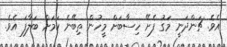
އެވެ. ޗަންދަނީ މަގު ފެށޭ ހިސާބަށް މީހުން ތިބޭނެ ކަމަށް ބަލާފަ އެވެ.